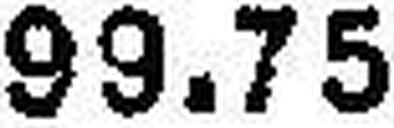
99.75